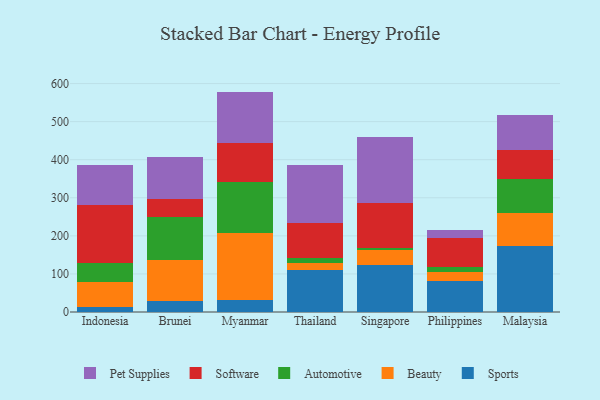
{"axis": {"x": "Country", "y": "Conversion Rate (%)"}, "legend": ["Automotive", "Beauty", "Pet Supplies", "Software", "Sports"], "data": [{"x": "Indonesia", "y": 14.0, "type": "Sports"}, {"x": "Indonesia", "y": 66.0, "type": "Beauty"}, {"x": "Indonesia", "y": 49.8, "type": "Automotive"}, {"x": "Indonesia", "y": 152.1, "type": "Software"}, {"x": "Indonesia", "y": 103.7, "type": "Pet Supplies"}, {"x": "Brunei", "y": 29.4, "type": "Sports"}, {"x": "Brunei", "y": 105.9, "type": "Beauty"}, {"x": "Brunei", "y": 113.7, "type": "Automotive"}, {"x": "Brunei", "y": 47.3, "type": "Software"}, {"x": "Brunei", "y": 110.2, "type": "Pet Supplies"}, {"x": "Myanmar", "y": 30.3, "type": "Sports"}, {"x": "Myanmar", "y": 177.5, "type": "Beauty"}, {"x": "Myanmar", "y": 132.7, "type": "Automotive"}, {"x": "Myanmar", "y": 104.1, "type": "Software"}, {"x": "Myanmar", "y": 134.3, "type": "Pet Supplies"}, {"x": "Thailand", "y": 110.8, "type": "Sports"}, {"x": "Thailand", "y": 17.6, "type": "Beauty"}, {"x": "Thailand", "y": 13.7, "type": "Automotive"}, {"x": "Thailand", "y": 90.5, "type": "Software"}, {"x": "Thailand", "y": 152.4, "type": "Pet Supplies"}, {"x": "Singapore", "y": 123.3, "type": "Sports"}, {"x": "Singapore", "y": 38.7, "type": "Beauty"}, {"x": "Singapore", "y": 5.9, "type": "Automotive"}, {"x": "Singapore", "y": 118.0, "type": "Software"}, {"x": "Singapore", "y": 173.5, "type": "Pet Supplies"}, {"x": "Philippines", "y": 81.6, "type": "Sports"}, {"x": "Philippines", "y": 22.3, "type": "Beauty"}, {"x": "Philippines", "y": 15.2, "type": "Automotive"}, {"x": "Philippines", "y": 74.5, "type": "Software"}, {"x": "Philippines", "y": 20.9, "type": "Pet Supplies"}, {"x": "Malaysia", "y": 173.1, "type": "Sports"}, {"x": "Malaysia", "y": 86.8, "type": "Beauty"}, {"x": "Malaysia", "y": 89.9, "type": "Automotive"}, {"x": "Malaysia", "y": 76.8, "type": "Software"}, {"x": "Malaysia", "y": 91.1, "type": "Pet Supplies"}]}